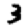
Digit: 3